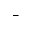
^ -